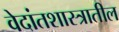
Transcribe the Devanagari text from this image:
वेदांतशास्त्रातील